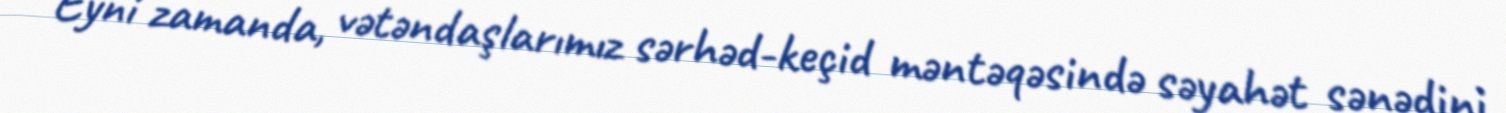
Eyni zamanda, vətəndaşlarımız sərhəd-keçid məntəqəsində səyahət sənədini